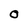
Character: O